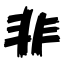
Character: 非